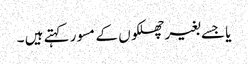
یا جسے بغیر چھلکوں کے مسور کہتے ہیں ۔